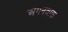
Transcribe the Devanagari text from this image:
अगनवाक